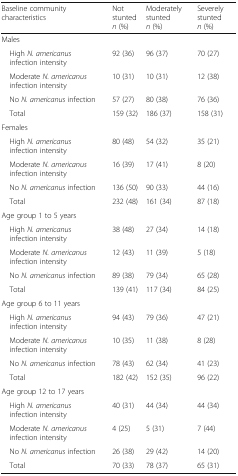
<table><thead><tr><td><b>Baseline community characteristics</b></td><td><b>Not stunted<i>n</i> (%)</b></td><td><b>Moderately stunted<i>n</i> (%)</b></td><td><b>Severely stunted<i>n</i> (%)</b></td></tr></thead><tbody><tr><td colspan="4">Males</td></tr><tr><td> High <i>N. americanus</i> infection intensity</td><td>92 (36)</td><td>96 (37)</td><td>70 (27)</td></tr><tr><td> Moderate <i>N. americanus</i> infection intensity</td><td>10 (31)</td><td>10 (31)</td><td>12 (38)</td></tr><tr><td> No <i>N. americanus</i> infection</td><td>57 (27)</td><td>80 (38)</td><td>76 (36)</td></tr><tr><td> Total</td><td>159 (32)</td><td>186 (37)</td><td>158 (31)</td></tr><tr><td colspan="4">Females</td></tr><tr><td> High <i>N. americanus</i> infection intensity</td><td>80 (48)</td><td>54 (32)</td><td>35 (21)</td></tr><tr><td> Moderate <i>N. americanus</i> infection intensity</td><td>16 (39)</td><td>17 (41)</td><td>8 (20)</td></tr><tr><td> No <i>N. americanus</i> infection</td><td>136 (50)</td><td>90 (33)</td><td>44 (16)</td></tr><tr><td> Total</td><td>232 (48)</td><td>161 (34)</td><td>87 (18)</td></tr><tr><td colspan="4">Age group 1 to 5 years</td></tr><tr><td> High <i>N. americanus</i> infection intensity</td><td>38 (48)</td><td>27 (34)</td><td>14 (18)</td></tr><tr><td> Moderate <i>N. americanus</i> infection intensity</td><td>12 (43)</td><td>11 (39)</td><td>5 (18)</td></tr><tr><td> No <i>N. americanus</i> infection</td><td>89 (38)</td><td>79 (34)</td><td>65 (28)</td></tr><tr><td> Total</td><td>139 (41)</td><td>117 (34)</td><td>84 (25)</td></tr><tr><td colspan="4">Age group 6 to 11 years</td></tr><tr><td> High <i>N. americanus</i> infection intensity</td><td>94 (43)</td><td>79 (36)</td><td>47 (21)</td></tr><tr><td> Moderate <i>N. americanus</i> infection intensity</td><td>10 (35)</td><td>11 (38)</td><td>8 (28)</td></tr><tr><td> No <i>N. americanus</i> infection</td><td>78 (43)</td><td>62 (34)</td><td>41 (23)</td></tr><tr><td> Total</td><td>182 (42)</td><td>152 (35)</td><td>96 (22)</td></tr><tr><td colspan="4">Age group 12 to 17 years</td></tr><tr><td> High <i>N. americanus</i> infection intensity</td><td>40 (31)</td><td>44 (34)</td><td>44 (34)</td></tr><tr><td> Moderate <i>N. americanus</i> infection intensity</td><td>4 (25)</td><td>5 (31)</td><td>7 (44)</td></tr><tr><td> No <i>N. americanus</i> infection</td><td>26 (38)</td><td>29 (42)</td><td>14 (20)</td></tr><tr><td> Total</td><td>70 (33)</td><td>78 (37)</td><td>65 (31)</td></tr></tbody></table>